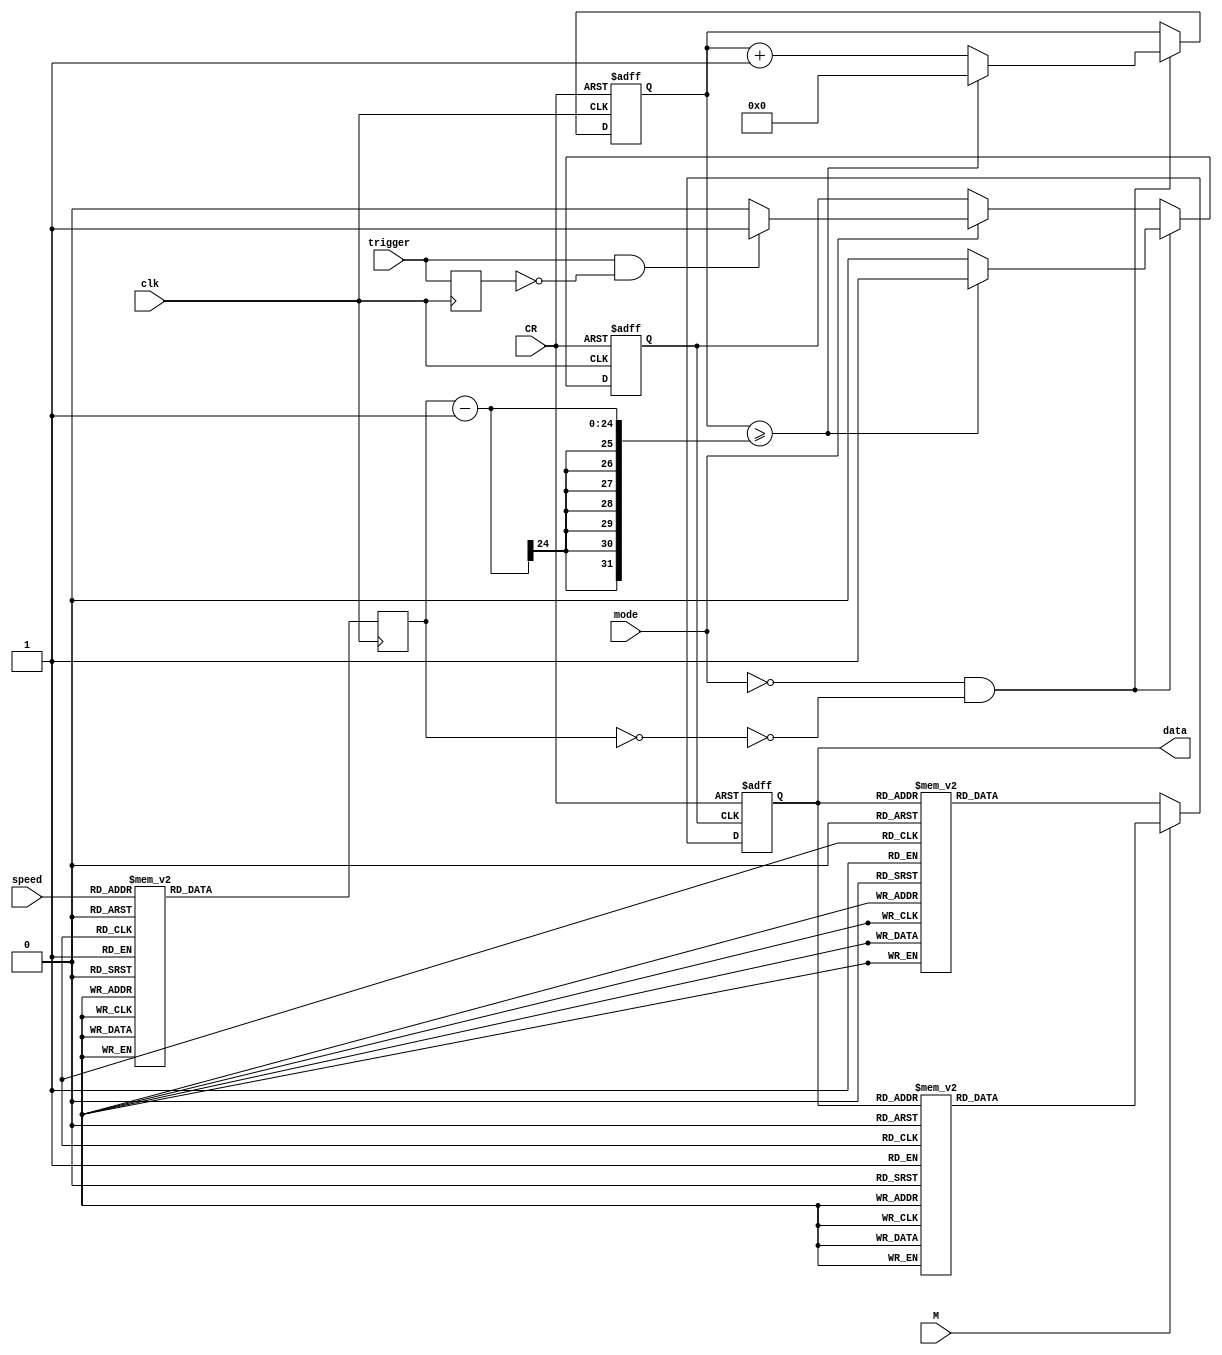
module state_convert (
  input clk,
  input CR,
  input M,
  input mode,
  input trigger,
  input [3:0] speed,

  output reg [2:0] data
);

reg [23:0] clock;

parameter [23:0] ONE_SECOND = 24'd12000000;

always @(posedge clk) begin
    // speedCLOCK
    case (speed)
        4'b0000: clock = 24'd0;
        4'b0001: clock = ONE_SECOND;
        4'b0010: clock = ONE_SECOND / 2;
        4'b0011: clock = ONE_SECOND / 3;
        4'b0100: clock = ONE_SECOND / 4;
        4'b0101: clock = ONE_SECOND / 5;
        4'b0110: clock = ONE_SECOND / 6;
        4'b0111: clock = ONE_SECOND / 7;
        4'b1000: clock = ONE_SECOND / 8;
        4'b1001: clock = ONE_SECOND / 9;
        4'b1010: clock = ONE_SECOND / 10;
        4'b1011: clock = ONE_SECOND / 11;
        4'b1100: clock = ONE_SECOND / 12;
        4'b1101: clock = ONE_SECOND / 13;
        4'b1110: clock = ONE_SECOND / 14;
        4'b1111: clock = ONE_SECOND / 15;
    endcase 
end

reg [23:0] timer;
reg signal;
reg last_trigger;

always @(posedge clk) begin
    last_trigger <= trigger;
end

always @(posedge clk or negedge CR) begin
    if (!CR) begin
        timer <= 0;
        signal <= 0;
    end else if (!mode && !(clock==0)) begin  // 
        if (timer >= clock - 1) begin
            timer <= 0;
            signal <= 1; 
        end else begin
            timer <= timer + 1;
            signal <= 0;
        end 
    end else if (mode) begin  // 
        if (trigger && !last_trigger) begin
            signal <= 1;
        end else begin
            signal <= 0;
        end
    end
end

always @(negedge CR or posedge signal) begin 
    if (!CR) begin
        data <= 3'b111;
    end else begin
        if (M == 1) begin
            case (data)
                3'b000: data <= 3'b110;
                3'b001: data <= 3'b011;
                3'b010: data <= 3'b110;
                3'b011: data <= 3'b010;
                3'b100: data <= 3'b101;
                3'b101: data <= 3'b001;
                3'b110: data <= 3'b100;
                3'b111: data <= 3'b000;
            endcase
        end else if (M == 0) begin
            case (data)
                3'b000: data <= 3'b110;
                3'b001: data <= 3'b101;
                3'b010: data <= 3'b011;
                3'b011: data <= 3'b001;
                3'b100: data <= 3'b110;
                3'b101: data <= 3'b100;
                3'b110: data <= 3'b010;
                3'b111: data <= 3'b000;
            endcase
        end
    end
end

endmodule